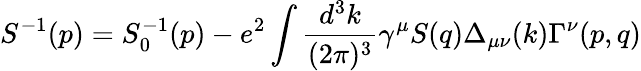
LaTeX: S^{-1}(p)=S_{0}^{-1}(p)-e^{2}\int\frac{d^{3}k}{(2\pi)^{3}}\gamma^{\mu}S(q)\Delta_{\mu\nu}(k)\Gamma^{\nu}(p,q)